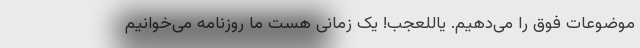
موضوعات فوق را می‌دهیم. یاللعجب! یک زمانی هست ما روزنامه می‌خوانیم